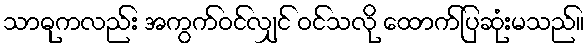
သာဓုကလည်း အကွက်ဝင်လျှင် ဝင်သလို ထောက်ပြဆုံးမသည်။